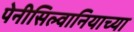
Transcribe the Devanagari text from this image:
पेनीसिल्वानियाच्या